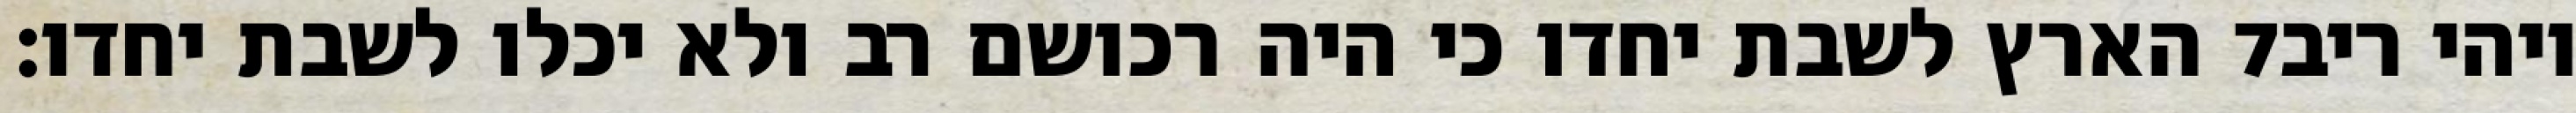
הארץ לשבת יחדו כי היה רכושם רב ולא יכלו לשבת יחדו׃ ‎7‏ ויהי ריב